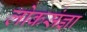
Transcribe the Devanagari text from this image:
लोकसंज्ञा